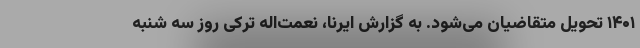
۱۴۰۱ تحویل متقاضیان می‌شود. به گزارش ایرنا، نعمت‌اله ترکی روز سه شنبه